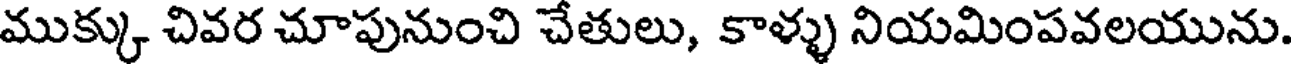
ముక్కు చివర చూపునుంచి చేతులు, కాళ్ళు నియమింపవలయును.